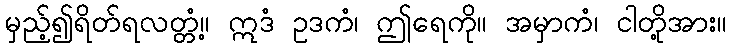
မှည့်၍ရိတ်ရလတ္တံ့။ ဣဒံ ဥဒကံ၊ ဤရေကို။ အမှာကံ၊ ငါတို့အား။